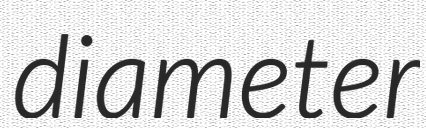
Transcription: diameter